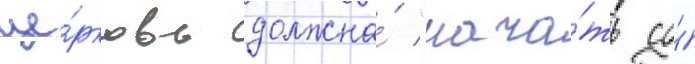
це́рковь должна́ "нача́ть со́